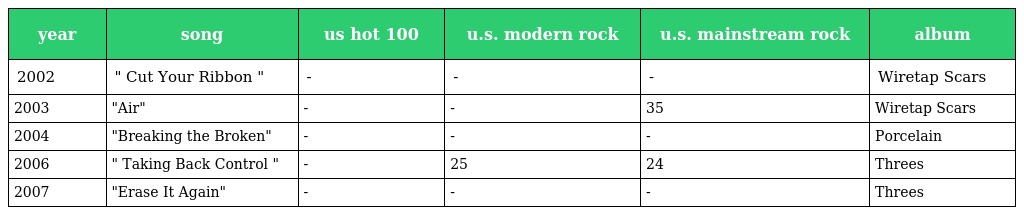
| year | song | us hot 100 | u.s. modern rock | u.s. mainstream rock | album |
 | --- | --- | --- | --- | --- | --- |
 | 2002 | " Cut Your Ribbon " | - | - | - | Wiretap Scars |
 | 2003 | "Air" | - | - | 35 | Wiretap Scars |
 | 2004 | "Breaking the Broken" | - | - | - | Porcelain |
 | 2006 | " Taking Back Control " | - | 25 | 24 | Threes |
 | 2007 | "Erase It Again" | - | - | - | Threes |